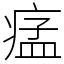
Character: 𤷪